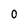
Character: 0